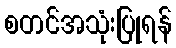
စတင်အသုံးပြုရန်